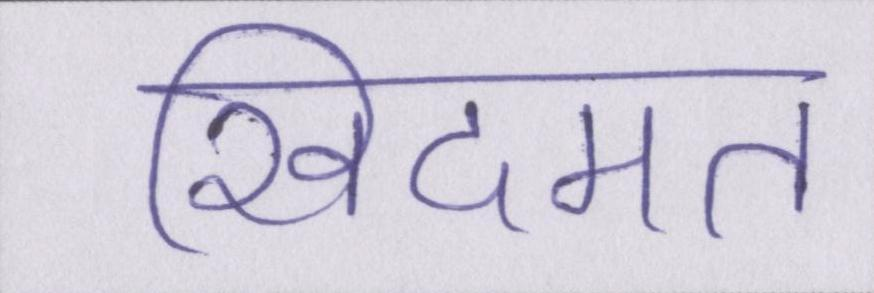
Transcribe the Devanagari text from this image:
खिदमत